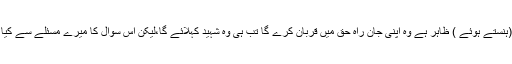
طالب علم :(ہنستے ہوئے ) ظاہر ہے وہ اپنی جان راہ حق میں قربان کرے گا تب ہی وہ شہید کہلائے گا،لیکن اس سوال کا میرے مسئلے سے کیا تعلق ہے ؟